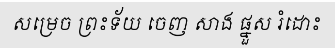
សម្រេច ព្រះទ័យ ចេញ សាង ផ្នួស រំដោះ